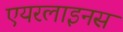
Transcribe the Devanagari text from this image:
एयरलाइनस